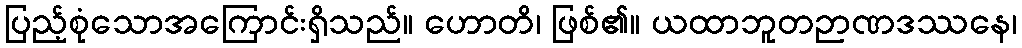
ပြည့်စုံသောအကြောင်းရှိသည်။ ဟောတိ၊ ဖြစ်၏။ ယထာဘူတဉာဏဒဿနေ၊